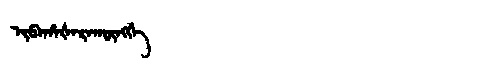
Manchu: ᡳᠪᠠᡥᠠᡧᠠᡵᠠᡴᡡᠩᡤᡝ
Romanization: IBAHAŠARAKŪNGGE